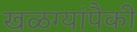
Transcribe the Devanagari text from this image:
खळग्यांपैकी